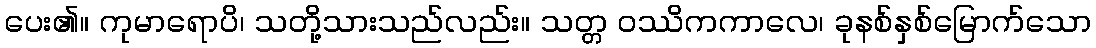
ပေး၏။ ကုမာရောပိ၊ သတို့သားသည်လည်း။ သတ္တ ဝဿိကကာလေ၊ ခုနစ်နှစ်မြောက်သော